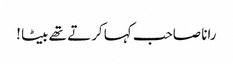
رانا صاحب کہا کرتے تھے بیٹا !